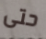
حتى